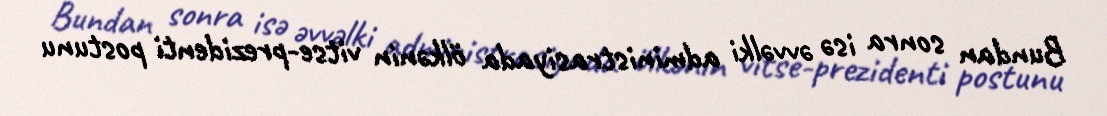
Bundan sonra isə əvvəlki administrasiyada ölkənin vitse-prezidenti postunu